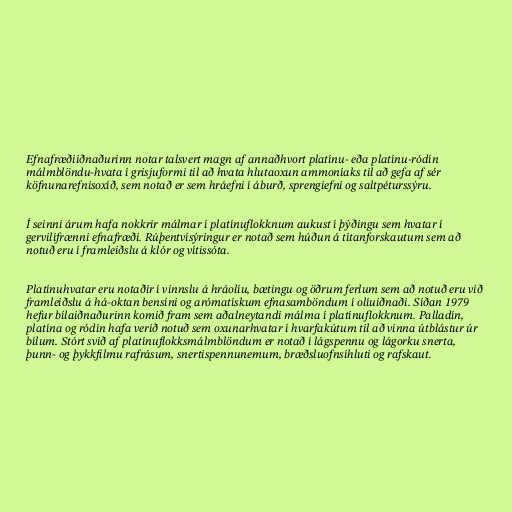
Efnafræðiiðnaðurinn notar talsvert magn af annaðhvort platínu- eða platínu-ródín
málmblöndu-hvata í grisjuformi til að hvata hlutaoxun ammoníaks til að gefa af sér
köfnunarefnisoxíð, sem notað er sem hráefni í áburð, sprengiefni og saltpéturssýru.

Í seinni árum hafa nokkrir málmar í platínuflokknum aukust í þýðingu sem hvatar í
gervilífrænni efnafræði. Rúþentvísýringur er notað sem húðun á títanforskautum sem að
notuð eru í framleiðslu á klór og vítissóta.

Platínuhvatar eru notaðir í vinnslu á hráolíu, bætingu og öðrum ferlum sem að notuð eru við
framleiðslu á há-oktan bensíni og arómatískum efnasamböndum í olíuiðnaði. Síðan 1979
hefur bílaiðnaðurinn komið fram sem aðalneytandi málma í platínuflokknum. Palladín,
platína og ródín hafa verið notuð sem oxunarhvatar í hvarfakútum til að vinna útblástur úr
bílum. Stórt svið af platínuflokksmálmblöndum er notað í lágspennu og lágorku snerta,
þunn- og þykkfilmu rafrásum, snertispennunemum, bræðsluofnsíhluti og rafskaut.